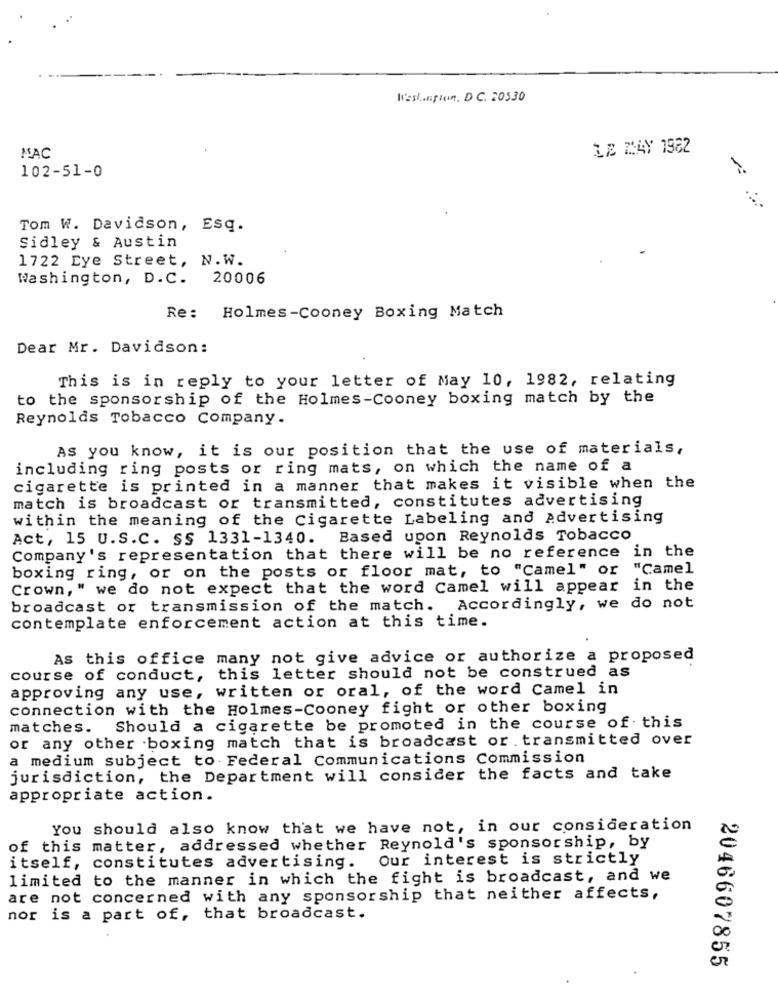
ICsshunpion. D.C. 20530
LE MAY 1982
MAC
-
102-51-0
Tom W. Davidson, Esq.
Sidley & Austin
1722 Eye Street, N.W.
Washington, D.C. 20006
Re: Holmes-Cooney Boxing Match
Dear Mr. Davidson:
This is in reply to your letter of May 10, 1982, relating
to the sponsorship of the Holmes-Cooney boxing match by the
Reynolds Tobacco Company.
As you know, it is our position that the use of materials,
including ring posts or ring mats, on which the name of a
cigarette is printed in a manner that makes it visible when the
match is broadcast or transmitted, constitutes advertising
within the meaning of the Cigarette Labeling and Advertising
Act, 15 U.S.C. SS 1331-1340. Based upon Reynolds Tobacco
Company's representation that there will be no reference in the
boxing ring, or on the posts or floor mat, to "Camel" or
"Camel
Crown, " we do not expect that the word Camel will appear in the
broadcast or transmission of the match. Accordingly, we do not
contemplate enforcement action at this time.
As this office many not give advice or authorize a proposed
course of conduct, this letter should not be construed as
approving any use, written or oral, of the word Camel in
connection with the Holmes-Cooney fight or other boxing
matches. Should a cigarette be promoted in the course of this
or any other boxing match that is broadcast or . transmitted over
a medium subject to Federal Communications Commission
jurisdiction, the Department will consider the facts and take
appropriate action.
You should also know that we have not, in our consideration
of this matter, addressed whether Reynold's sponsorship, by
Our interest is strictly
itself, constitutes advertising.
limited to the manner in which the fight is broadcast, and we
are not concerned with any sponsorship that neither affects,
nor is a part of, that broadcast.
2046607855